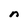
Character: n